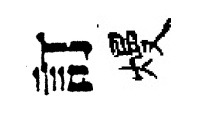
訂熳